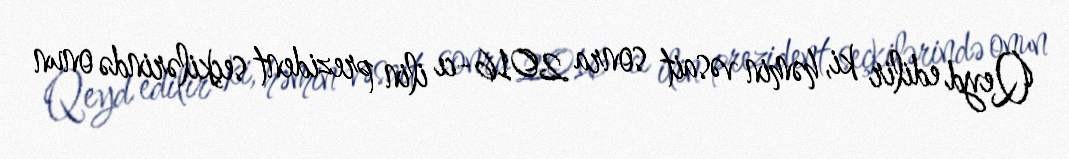
Qeyd edilir ki, həmin vəsait sonra 2016-cı ilin prezident seçkilərində onun